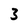
Character: 3